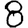
Digit: 8